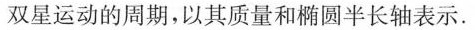
双星运动的周期，以其质量和椭圆半长轴表示.